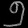
Digit: ၅